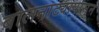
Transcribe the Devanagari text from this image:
बालनाट्यापासून